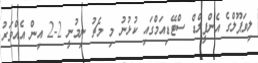
ލިވަޕޫލްގެ އެންފީލްޑް ސްޓޭޑިއަމްގައި ކުޅުނު މި މެޗު ނިމުނީ 2-2 އިން އެއްވަރު